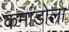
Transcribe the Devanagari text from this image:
कमांडोला